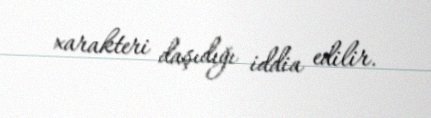
xarakteri daşıdığı iddia edilir.